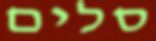
סלים